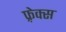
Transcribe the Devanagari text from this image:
फ़्रेक्स